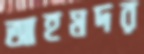
আহমদর